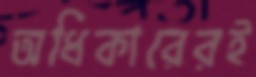
অধিকারেরই